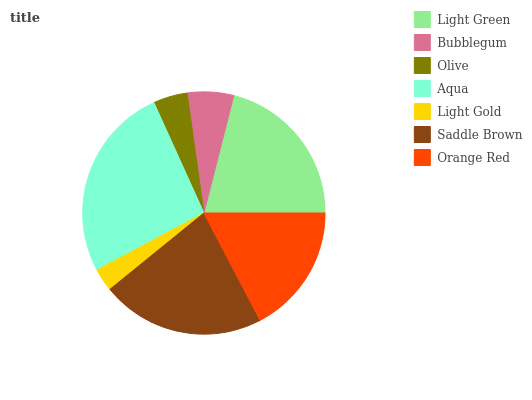
| Light Green | Bubblegum | Olive | Aqua | Light Gold | Saddle Brown | Orange Red |
 | --- | --- | --- | --- | --- | --- | --- |
 | 21% | 6.17% | 4.55% | 26.1% | 3.05% | 21.8% | 17.3% |